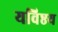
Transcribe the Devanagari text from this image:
यविष्ठय